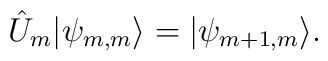
\hat{U}_m|\psi _{m,m}\rangle =|\psi _{m+1,m}\rangle .